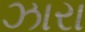
ઝારા